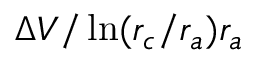
\Delta V / \ln ( r _ { c } / r _ { a } ) r _ { a }